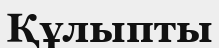
Құлыпты